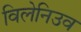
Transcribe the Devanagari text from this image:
विलेनिउव